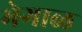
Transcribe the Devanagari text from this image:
भेगाळ